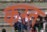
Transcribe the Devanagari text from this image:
कस्त